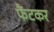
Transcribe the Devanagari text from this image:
फैंटकर